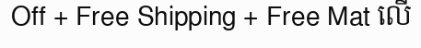
Off + Free Shipping + Free Mat លើ